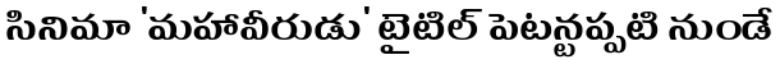
సినిమా 'మహావీరుడు' టైటిల్ పెట్టనప్పటి నుండే